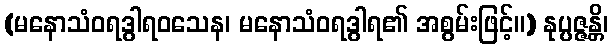
(မနောသံဝရဒွါရဝသေန၊ မနောသံဝရဒွါရ၏ အစွမ်းဖြင့်။) နုပ္ပဇ္ဇန္တိ၊